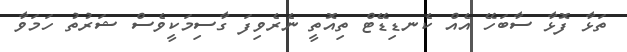
ތަޅާ ފޮޅާ ސާބަހޭ އެއް ކެނޑިޑޭޓް ތިއޮތީ ނެރެވިފަ ގާސިމަކީވެސް ޝަރުތު ހަމަވާ